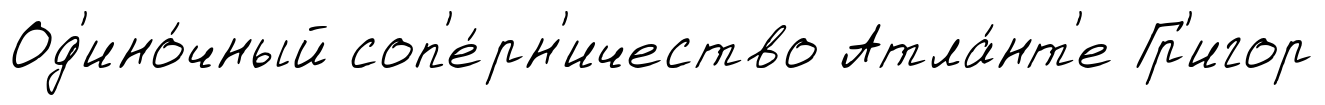
Од'ино́чный соп'е́рн'ичество Атла́нт'е Гр'игор